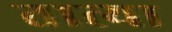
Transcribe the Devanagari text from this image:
तात्‍या